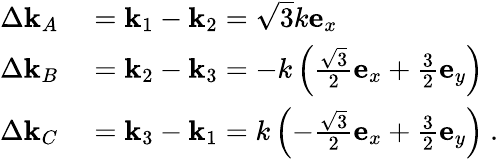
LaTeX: \begin{array}{rl}{\Delta\textbf{k}_{A}}&{{}=\textbf{k}_{1}-\textbf{k}_{2}=\sqrt{3}k\mathbf{e}_{x}}\\ {\Delta\textbf{k}_{B}}&{{}=\textbf{k}_{2}-\textbf{k}_{3}=-k\left(\frac{\sqrt{3}}{2}\mathbf{e}_{x}+\frac{3}{2}\mathbf{e}_{y}\right)}\\ {\Delta\textbf{k}_{C}}&{{}=\textbf{k}_{3}-\textbf{k}_{1}=k\left(-\frac{\sqrt{3}}{2}\mathbf{e}_{x}+\frac{3}{2}\mathbf{e}_{y}\right)\ .}\end{array}